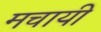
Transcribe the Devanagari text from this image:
मचायी